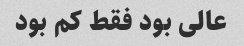
عالی بود فقط کم بود